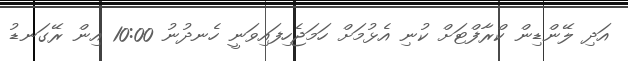
އަދި ލޭންޑިން ކްރާފްޓަށް ކުނި އެޅުމަށް ހަމަޖެހިފައިވަނީ ހެނދުނު 10:00 އިން ރޭގަނޑު